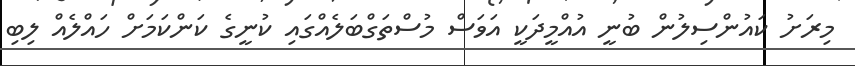
މިރަށު ކައުންސިލުން ބުނީ އުއްމީދަކީ އަވަސް މުސްތަގްބަލެއްގައި ކުނީގެ ކަންކަމަށް ހައްލެއް ލިބި